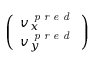
\left( \begin{array} { l } { v _ { x } ^ { \textit { p r e d } } } \\ { v _ { y } ^ { \textit { p r e d } } } \end{array} \right)